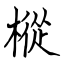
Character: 樅